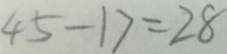
4 5 - 1 7 = 2 8